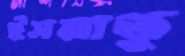
ইসমাতু